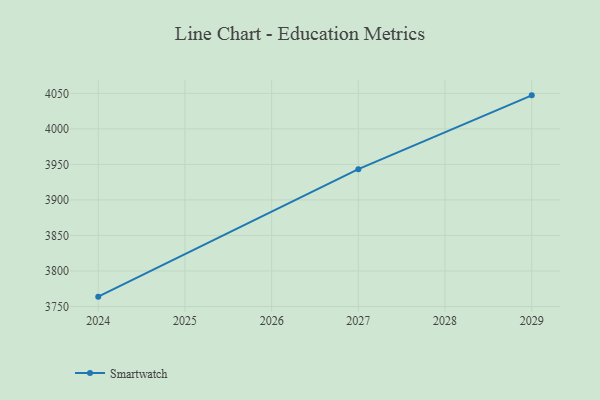
{"axis": {"x": "Year", "y": "Website Visitors"}, "legend": ["Smartwatch"], "data": [{"x": "2024", "y": 3763.9, "type": "Smartwatch"}, {"x": "2027", "y": 3943.3, "type": "Smartwatch"}, {"x": "2029", "y": 4047.2, "type": "Smartwatch"}]}